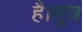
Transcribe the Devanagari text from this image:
है।सूत्र